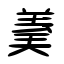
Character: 羮